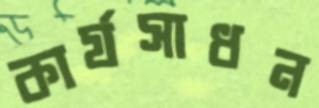
কার্যসাধন